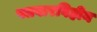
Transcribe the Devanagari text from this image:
पतवारविहीन